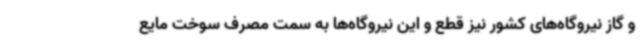
و گاز نیروگاه‌های کشور نیز قطع و این نیروگاه‌ها به سمت مصرف سوخت مایع